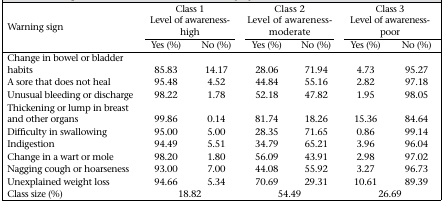
<table><thead><tr><td rowspan="2"><b>Warning sign</b></td><td colspan="2"><b>Class 1 Level of awareness-high</b></td><td colspan="2"><b>Class 2 Level of awareness-moderate</b></td><td colspan="2"><b>Class 3 Level of awareness-poor</b></td></tr><tr><td><b>Yes (%)</b></td><td><b>No (%)</b></td><td><b>Yes (%)</b></td><td><b>No (%)</b></td><td><b>Yes (%)</b></td><td><b>No (%)</b></td></tr></thead><tbody><tr><td>Change in bowel or bladder habits</td><td>85.83</td><td>14.17</td><td>28.06</td><td>71.94</td><td>4.73</td><td>95.27</td></tr><tr><td>A sore that does not heal</td><td>95.48</td><td>4.52</td><td>44.84</td><td>55.16</td><td>2.82</td><td>97.18</td></tr><tr><td>Unusual bleeding or discharge</td><td>98.22</td><td>1.78</td><td>52.18</td><td>47.82</td><td>1.95</td><td>98.05</td></tr><tr><td>Thickening or lump in breast and other organs</td><td>99.86</td><td>0.14</td><td>81.74</td><td>18.26</td><td>15.36</td><td>84.64</td></tr><tr><td>Difficulty in swallowing</td><td>95.00</td><td>5.00</td><td>28.35</td><td>71.65</td><td>0.86</td><td>99.14</td></tr><tr><td>Indigestion</td><td>94.49</td><td>5.51</td><td>34.79</td><td>65.21</td><td>3.96</td><td>96.04</td></tr><tr><td>Change in a wart or mole</td><td>98.20</td><td>1.80</td><td>56.09</td><td>43.91</td><td>2.98</td><td>97.02</td></tr><tr><td>Nagging cough or hoarseness</td><td>93.00</td><td>7.00</td><td>44.08</td><td>55.92</td><td>3.27</td><td>96.73</td></tr><tr><td>Unexplained weight loss</td><td>94.66</td><td>5.34</td><td>70.69</td><td>29.31</td><td>10.61</td><td>89.39</td></tr><tr><td>Class size (%)</td><td colspan="2">18.82</td><td colspan="2">54.49</td><td colspan="2">26.69</td></tr></tbody></table>